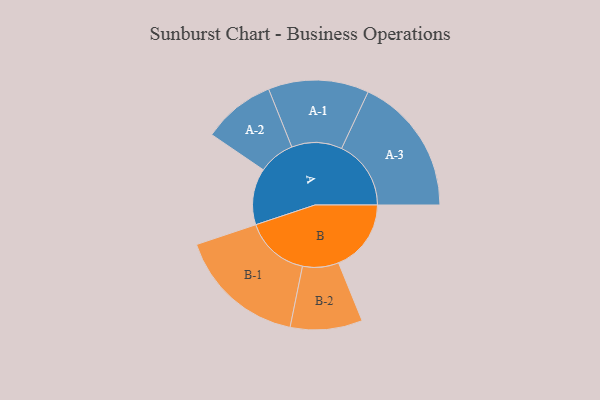
{"axis": {"x": "Segment", "y": "Value"}, "legend": ["", "A", "B"], "data": [{"x": "A", "y": 230, "type": ""}, {"x": "B", "y": 296, "type": ""}, {"x": "A-1", "y": 205, "type": "A"}, {"x": "A-2", "y": 148, "type": "A"}, {"x": "A-3", "y": 283, "type": "A"}, {"x": "B-1", "y": 262, "type": "B"}, {"x": "B-2", "y": 147, "type": "B"}]}